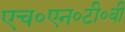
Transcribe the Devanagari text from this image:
एच॰एन॰टी॰बी